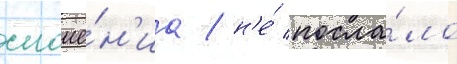
сноше́н'иа / н'е́ посла́ло